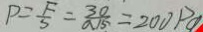
P = \frac { F } { S } = \frac { 3 0 } { a 1 5 } = 2 0 0 P a